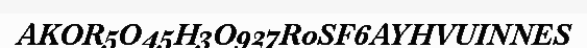
AKOR5O45H3O927R0SF6AYHVUINNES